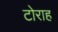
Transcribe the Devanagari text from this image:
टोराह